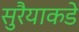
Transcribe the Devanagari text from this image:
सुरैयाकडे